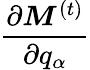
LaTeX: \frac{\partial\boldsymbol{M}^{(t)}}{\partial q_{\alpha}}